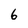
Character: b